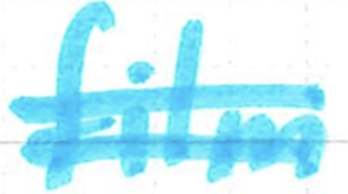
Text: film
Cross-out: double-line
Writing tool: marker